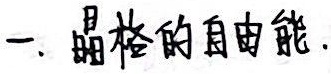
1. 晶格的自由能.